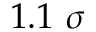
1 . 1 ~ \sigma